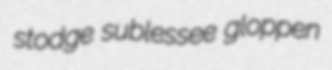
stodge sublessee gloppen